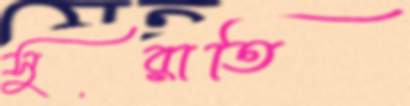
সুরাতি